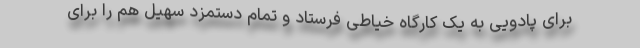
برای پادویی به یک کارگاه خیاطی فرستاد و تمام دستمزد سهیل هم را برای